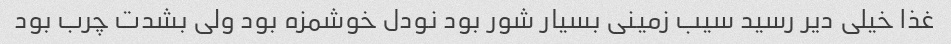
غذا خیلی دیر رسید سیب زمینی بسیار شور بود نودل خوشمزه بود ولی بشدت چرب بود